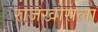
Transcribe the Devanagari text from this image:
राजखोसला